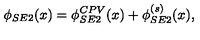
\phi _ { S E 2 } ( x ) = \phi _ { S E 2 } ^ { C P V } ( x ) + \phi _ { S E 2 } ^ { ( s ) } ( x ) ,